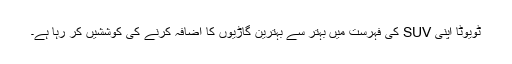
ٹویوٹا اپنی SUV کی فہرست میں بہتر سے بہترین گاڑیوں کا اضافہ کرنے کی کوششیں کر رہا ہے۔